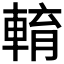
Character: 𨌯